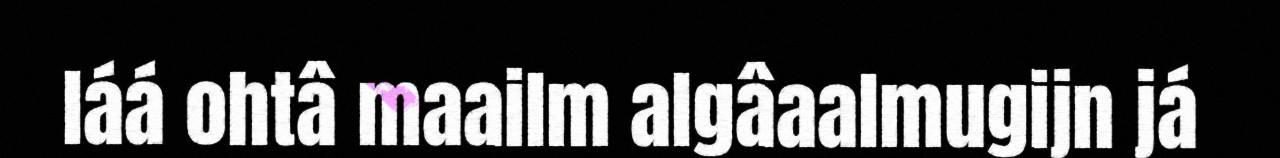
láá ohtâ maailm algâaalmugijn já